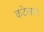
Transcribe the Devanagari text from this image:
कटेलान